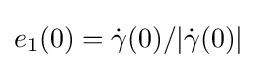
e_{1}(0)={\dot {\gamma }}(0)/|{\dot {\gamma }}(0)|